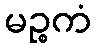
မဉ္စကံ